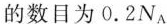
的数目为0.2N_{A}